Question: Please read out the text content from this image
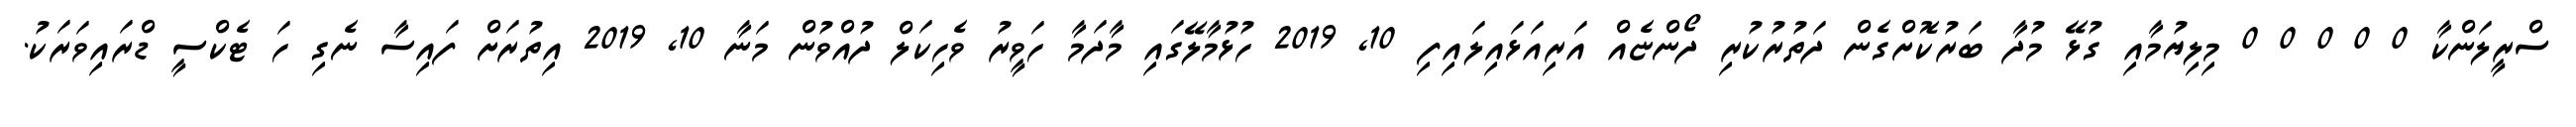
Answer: ސްރީލަންކާ 0 0 0 0 0 މިލިޔުމާއި ގުޅޭ މުދާ ބަރުކޮށްގެން ދަތުރުކުރި ދޯންޏެއް އަރިއަޅައިލައިފި 10, 2019 ހުޅުމާލޭގައި މާދަމާ ހަވީރު ވެހިކަލް ދުއްވުން މަނާ 10, 2019 އިތުރަށް ފައިސާ ނެގި ހަ ޓެކްސީ ޑްރައިވަރަކު.